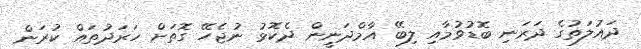
ދައުލަތުގެ ދަރަނި ބޮޑުވުމާއި ލިބޭ އާމްދަނީން ދެކޮޅު ނުޖެހޭ ގޮތަށް ހަރަދުތައް ކުރަން